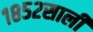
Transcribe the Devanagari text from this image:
१८५२साली